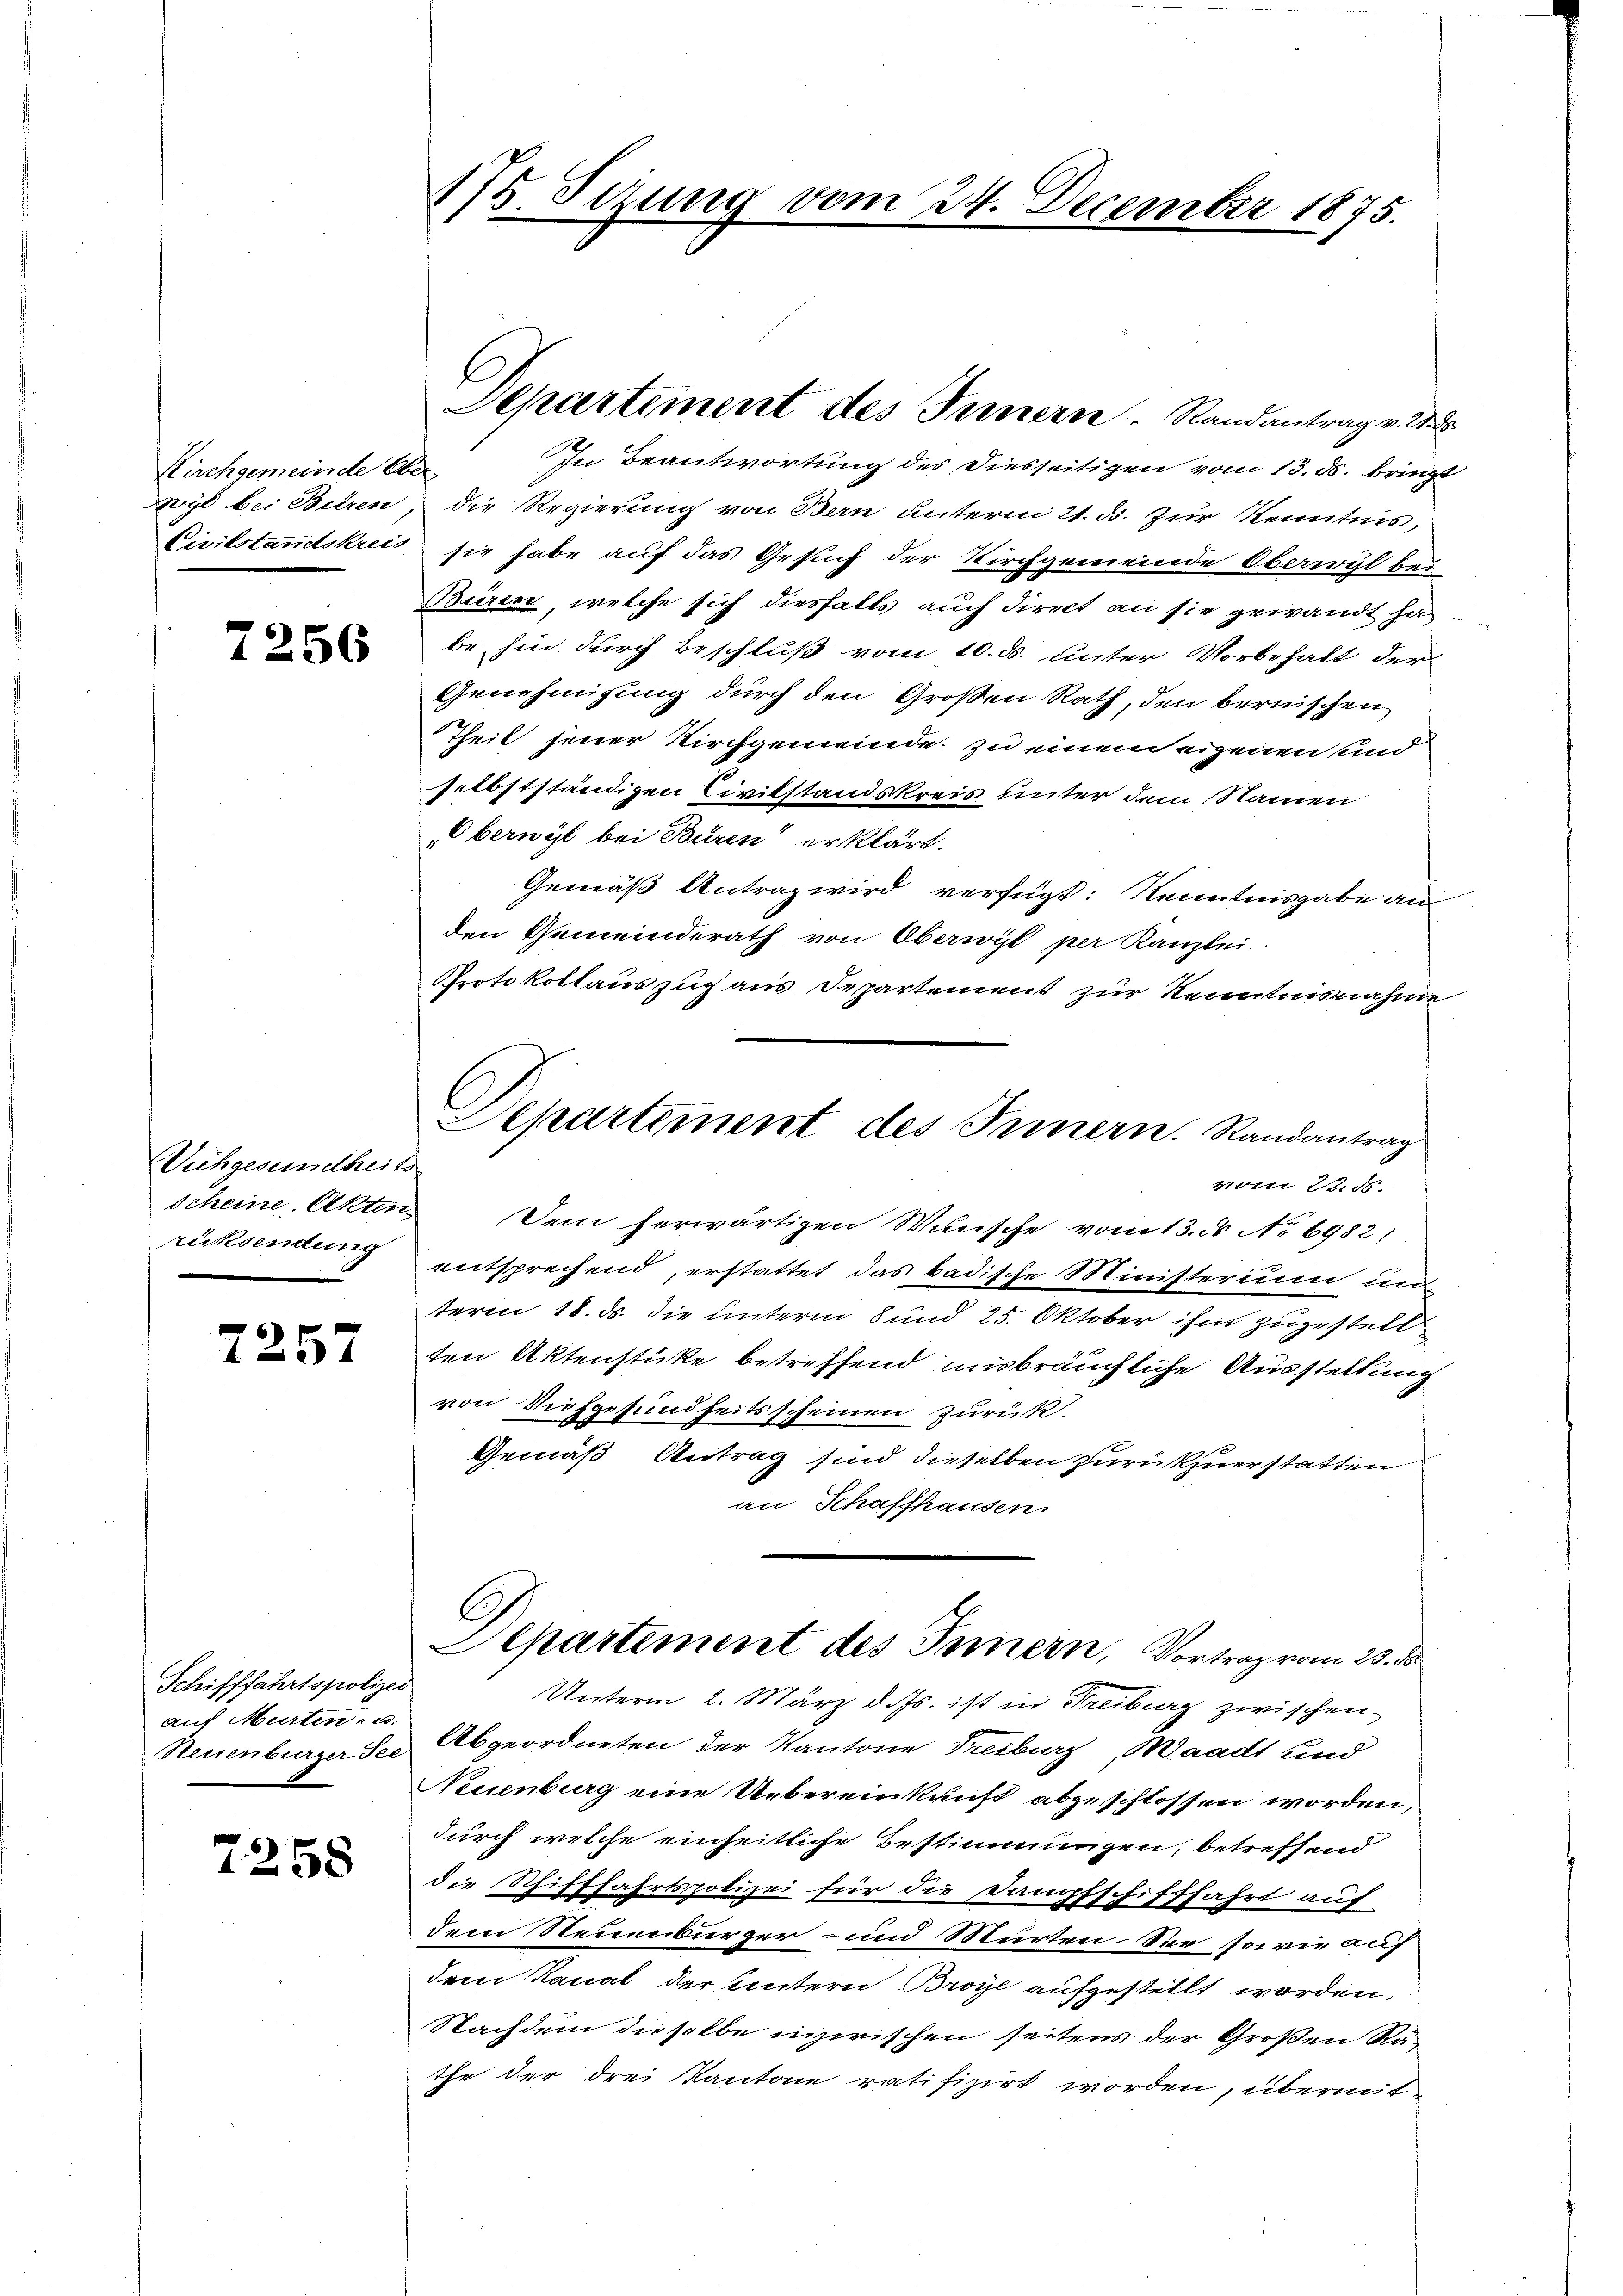
Kirchgemeinde Ober¬

7256

Vichgesundheits
rücksendung

7257

Schifffahrtspolizei
auf Murten, u.

7258

175. Setzung vom 24. December 1875.

In Beantwortung des Diesseitigen vom 13. ds. bringt
Wyl bei Büren, die Regierung von Bern unterm 21. ds. Zur Kenntnis,
Civilstandskreis sie habe auf das Gesuch der Kirchgemeinde Oberwyl bei
Buiren, welche sich diesfalls auch direct an sie gewandt ha
be hin durch Beschluß vom 10. d. unter Vorbehalt der
Genehmigung durch den Großen Rath, den bernischen
Theil jener Kirchgemeinde zu einem eigenen und
selbstständigen Civilstandskreis unter dem Namen
Oberwyl bei Büren erklärt.
Gemäß Antrag wird verfügt: Kenntnisgabe an
den Gemeinderath von Oberwyl per Kanzlei
Protokollauszug aus Departement zur Kenntnisnahme

scheine Akten. Dem herwärtigen Wünsche vom 13. ds No 6982)
entsprechend, erstattet das badische Ministerium un
term 18. ds. die unterm 8 und 25. Oktober ihm zugestell
ten Aktenstücke betreffend insbräuchliche Ausstellung
von Viehgesundheitsscheinen zurück.
Gemäß Antrag sind dieselben zurückzuerstatten
an Schaffhausen.

Departement des Innern. Randantrag v. 2. d.

Departement des Innern. Randantrag
vom 22. ds.

Unterm 2. März d. Js. ist in Freiburg zwischen
Neuenburger ses Abgeordneten der Kantone Freiburg, Waadt und
Neuenburg eine Uebereinkunft abgeschlossen worden,
durch welche einheitliche Bestimmungen, betreffend
die Schifffahrtspolizei für die Dampfschifffahrt auf
dem Neuenburger- und Murten der sowie auf
dem Kanal der untern Broye aufgestellt worden.
Nachdem dieselbe inzwischen seitens der Großen Rathe der drei Kantone ratifizirt worden, übermit¬

Departement des Innern, Vortrag vom 23. ds